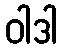
ဝါဒါ